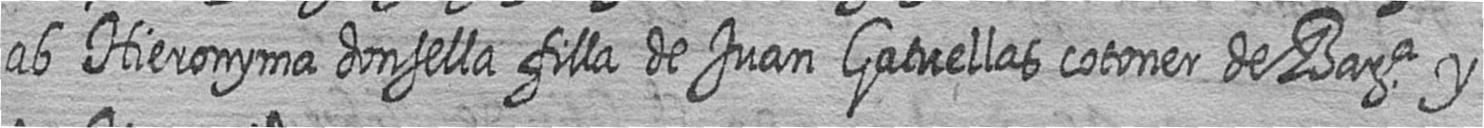
ab Hieronyma donsella filla de Juan Gatuellas cotoner de Bara y